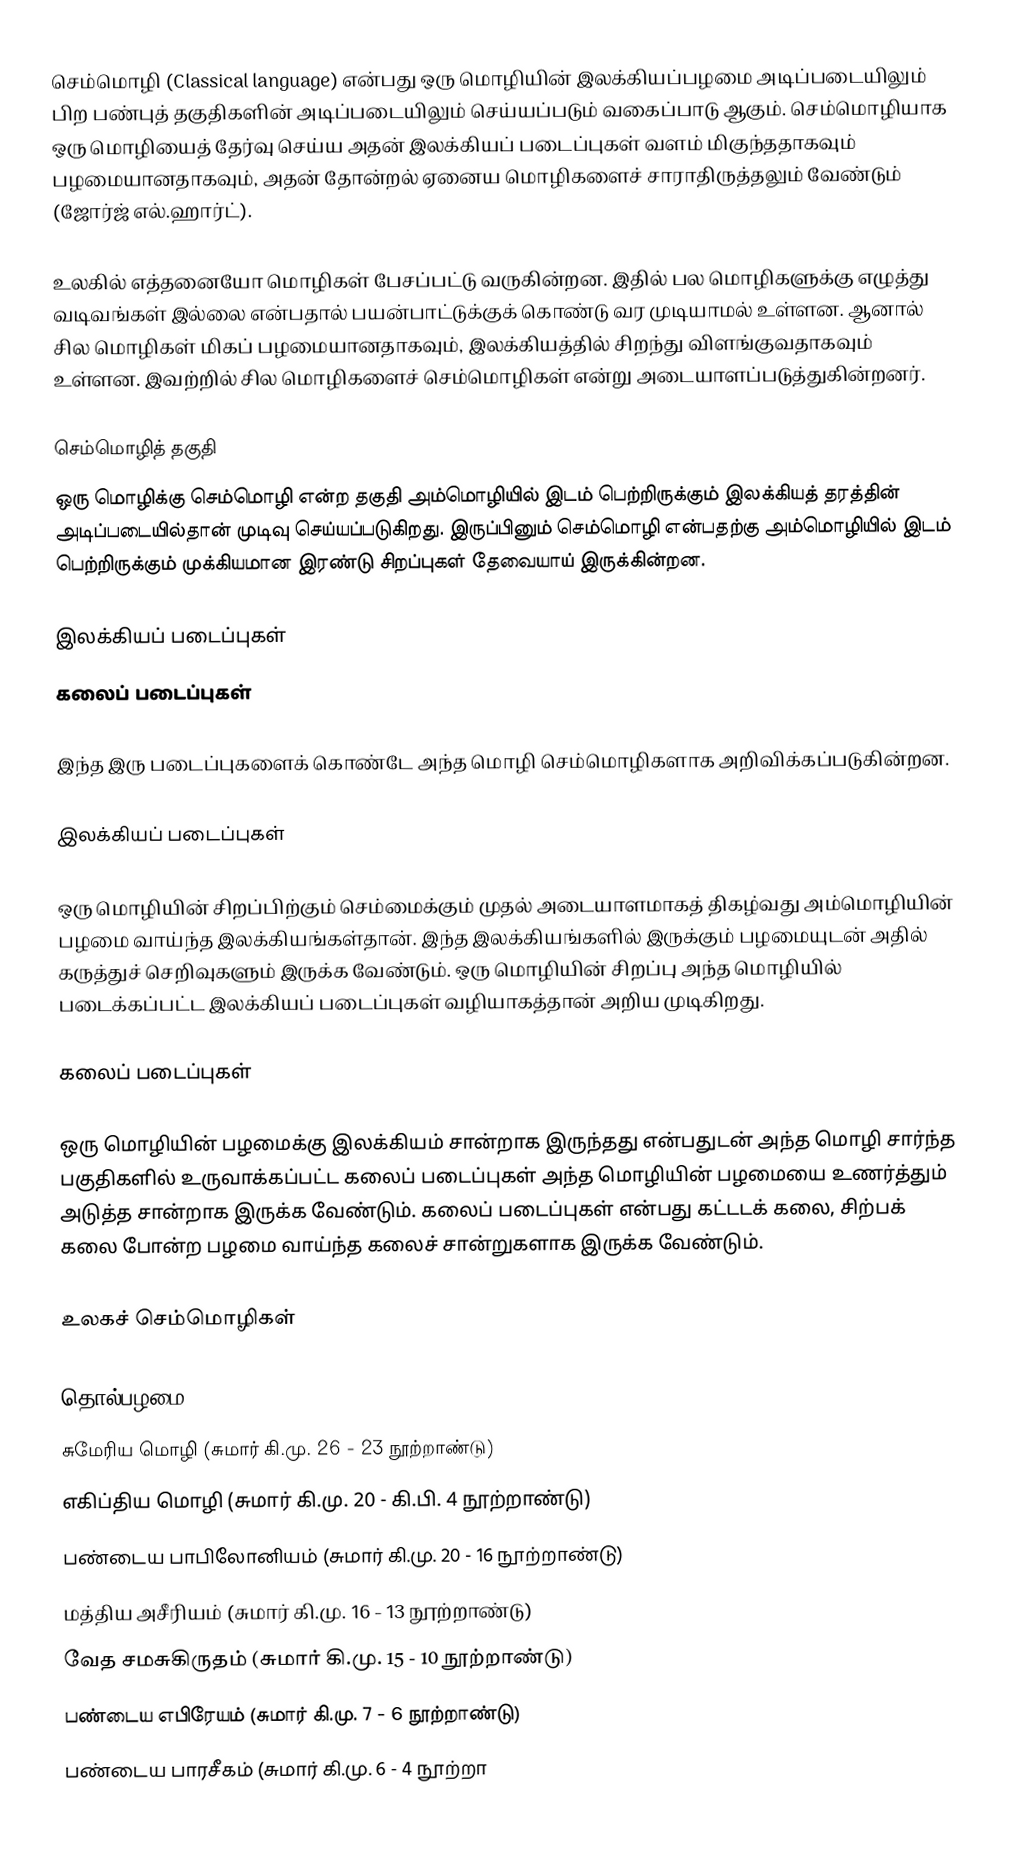
செம்மொழி (Classical language) என்பது ஒரு மொழியின் இலக்கியப்பழமை அடிப்படையிலும் பிற பண்புத் தகுதிகளின் அடிப்படையிலும் செய்யப்படும் வகைப்பாடு ஆகும். செம்மொழியாக ஒரு மொழியைத் தேர்வு செய்ய அதன் இலக்கியப் படைப்புகள் வளம் மிகுந்ததாகவும் பழமையானதாகவும், அதன் தோன்றல் ஏனைய மொழிகளைச் சாராதிருத்தலும் வேண்டும் (ஜோர்ஜ் எல்.ஹார்ட்).

உலகில் எத்தனையோ மொழிகள் பேசப்பட்டு வருகின்றன. இதில் பல மொழிகளுக்கு எழுத்து வடிவங்கள் இல்லை என்பதால் பயன்பாட்டுக்குக் கொண்டு வர முடியாமல் உள்ளன. ஆனால் சில மொழிகள் மிகப் பழமையானதாகவும், இலக்கியத்தில் சிறந்து விளங்குவதாகவும் உள்ளன. இவற்றில் சில மொழிகளைச் செம்மொழிகள் என்று அடையாளப்படுத்துகின்றனர்.

செம்மொழித் தகுதி
ஒரு மொழிக்கு செம்மொழி என்ற தகுதி அம்மொழியில் இடம் பெற்றிருக்கும் இலக்கியத் தரத்தின் அடிப்படையில்தான் முடிவு செய்யப்படுகிறது. இருப்பினும் செம்மொழி என்பதற்கு அம்மொழியில் இடம் பெற்றிருக்கும் முக்கியமான இரண்டு சிறப்புகள் தேவையாய் இருக்கின்றன.

இலக்கியப் படைப்புகள்
கலைப் படைப்புகள்

இந்த இரு படைப்புகளைக் கொண்டே அந்த மொழி செம்மொழிகளாக அறிவிக்கப்படுகின்றன.

இலக்கியப் படைப்புகள்

ஒரு மொழியின் சிறப்பிற்கும் செம்மைக்கும் முதல் அடையாளமாகத் திகழ்வது அம்மொழியின் பழமை வாய்ந்த இலக்கியங்கள்தான். இந்த இலக்கியங்களில் இருக்கும் பழமையுடன் அதில் கருத்துச் செறிவுகளும் இருக்க வேண்டும். ஒரு மொழியின் சிறப்பு அந்த மொழியில் படைக்கப்பட்ட இலக்கியப் படைப்புகள் வழியாகத்தான் அறிய முடிகிறது.

கலைப் படைப்புகள்

ஒரு மொழியின் பழமைக்கு இலக்கியம் சான்றாக இருந்தது என்பதுடன் அந்த மொழி சார்ந்த பகுதிகளில் உருவாக்கப்பட்ட கலைப் படைப்புகள் அந்த மொழியின் பழமையை உணர்த்தும் அடுத்த சான்றாக இருக்க வேண்டும். கலைப் படைப்புகள் என்பது கட்டடக் கலை, சிற்பக் கலை போன்ற பழமை வாய்ந்த கலைச் சான்றுகளாக இருக்க வேண்டும்.

உலகச் செம்மொழிகள்

தொல்பழமை
 சுமேரிய மொழி (சுமார் கி.மு. 26 - 23 நூற்றாண்டு)
 எகிப்திய மொழி (சுமார் கி.மு. 20 - கி.பி. 4 நூற்றாண்டு)
 பண்டைய பாபிலோனியம் (சுமார் கி.மு. 20 - 16 நூற்றாண்டு)
 மத்திய அசீரியம் (சுமார் கி.மு. 16 - 13 நூற்றாண்டு)
 வேத சமசுகிருதம் (சுமார் கி.மு. 15 - 10 நூற்றாண்டு)
 பண்டைய எபிரேயம் (சுமார் கி.மு. 7 - 6 நூற்றாண்டு)
 பண்டைய பாரசீகம் (சுமார் கி.மு. 6 - 4 நூற்றா